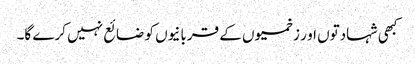
کبھی شہادتوں او ر زخمیوں کے قربانیوں کو ضائع نہیں کرے گا۔